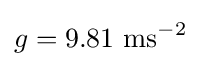
g=9.81{\text{ }}\mathrm {ms} ^{-2}